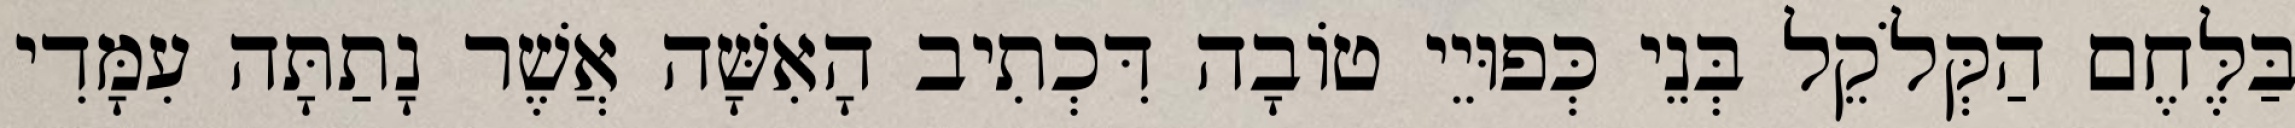
בַּלֶּחֶם הַקְּלֹקֵל בְּנֵי כְּפוּיֵי טוֹבָה דִּכְתִיב הָאִשָּׁה אֲשֶׁר נָתַתָּה עִמָּדִי